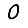
Digit: 0